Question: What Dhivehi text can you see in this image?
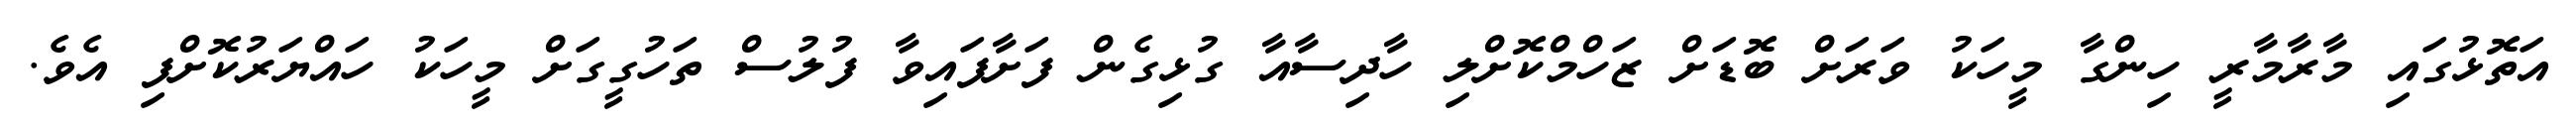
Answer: އަތޮޅުގައި މާރާމާރީ ހިންގާ މީހަކު ވަރަށް ބޮޑަށް ޒަހްމްކޮށްލި ހާދިސާއާ ގުޅިގެން ފަށާފައިވާ ފުލުސް ތަހުގީގަށް މީހަކު ހައްޔަރުކޮށްފި އެވެ.